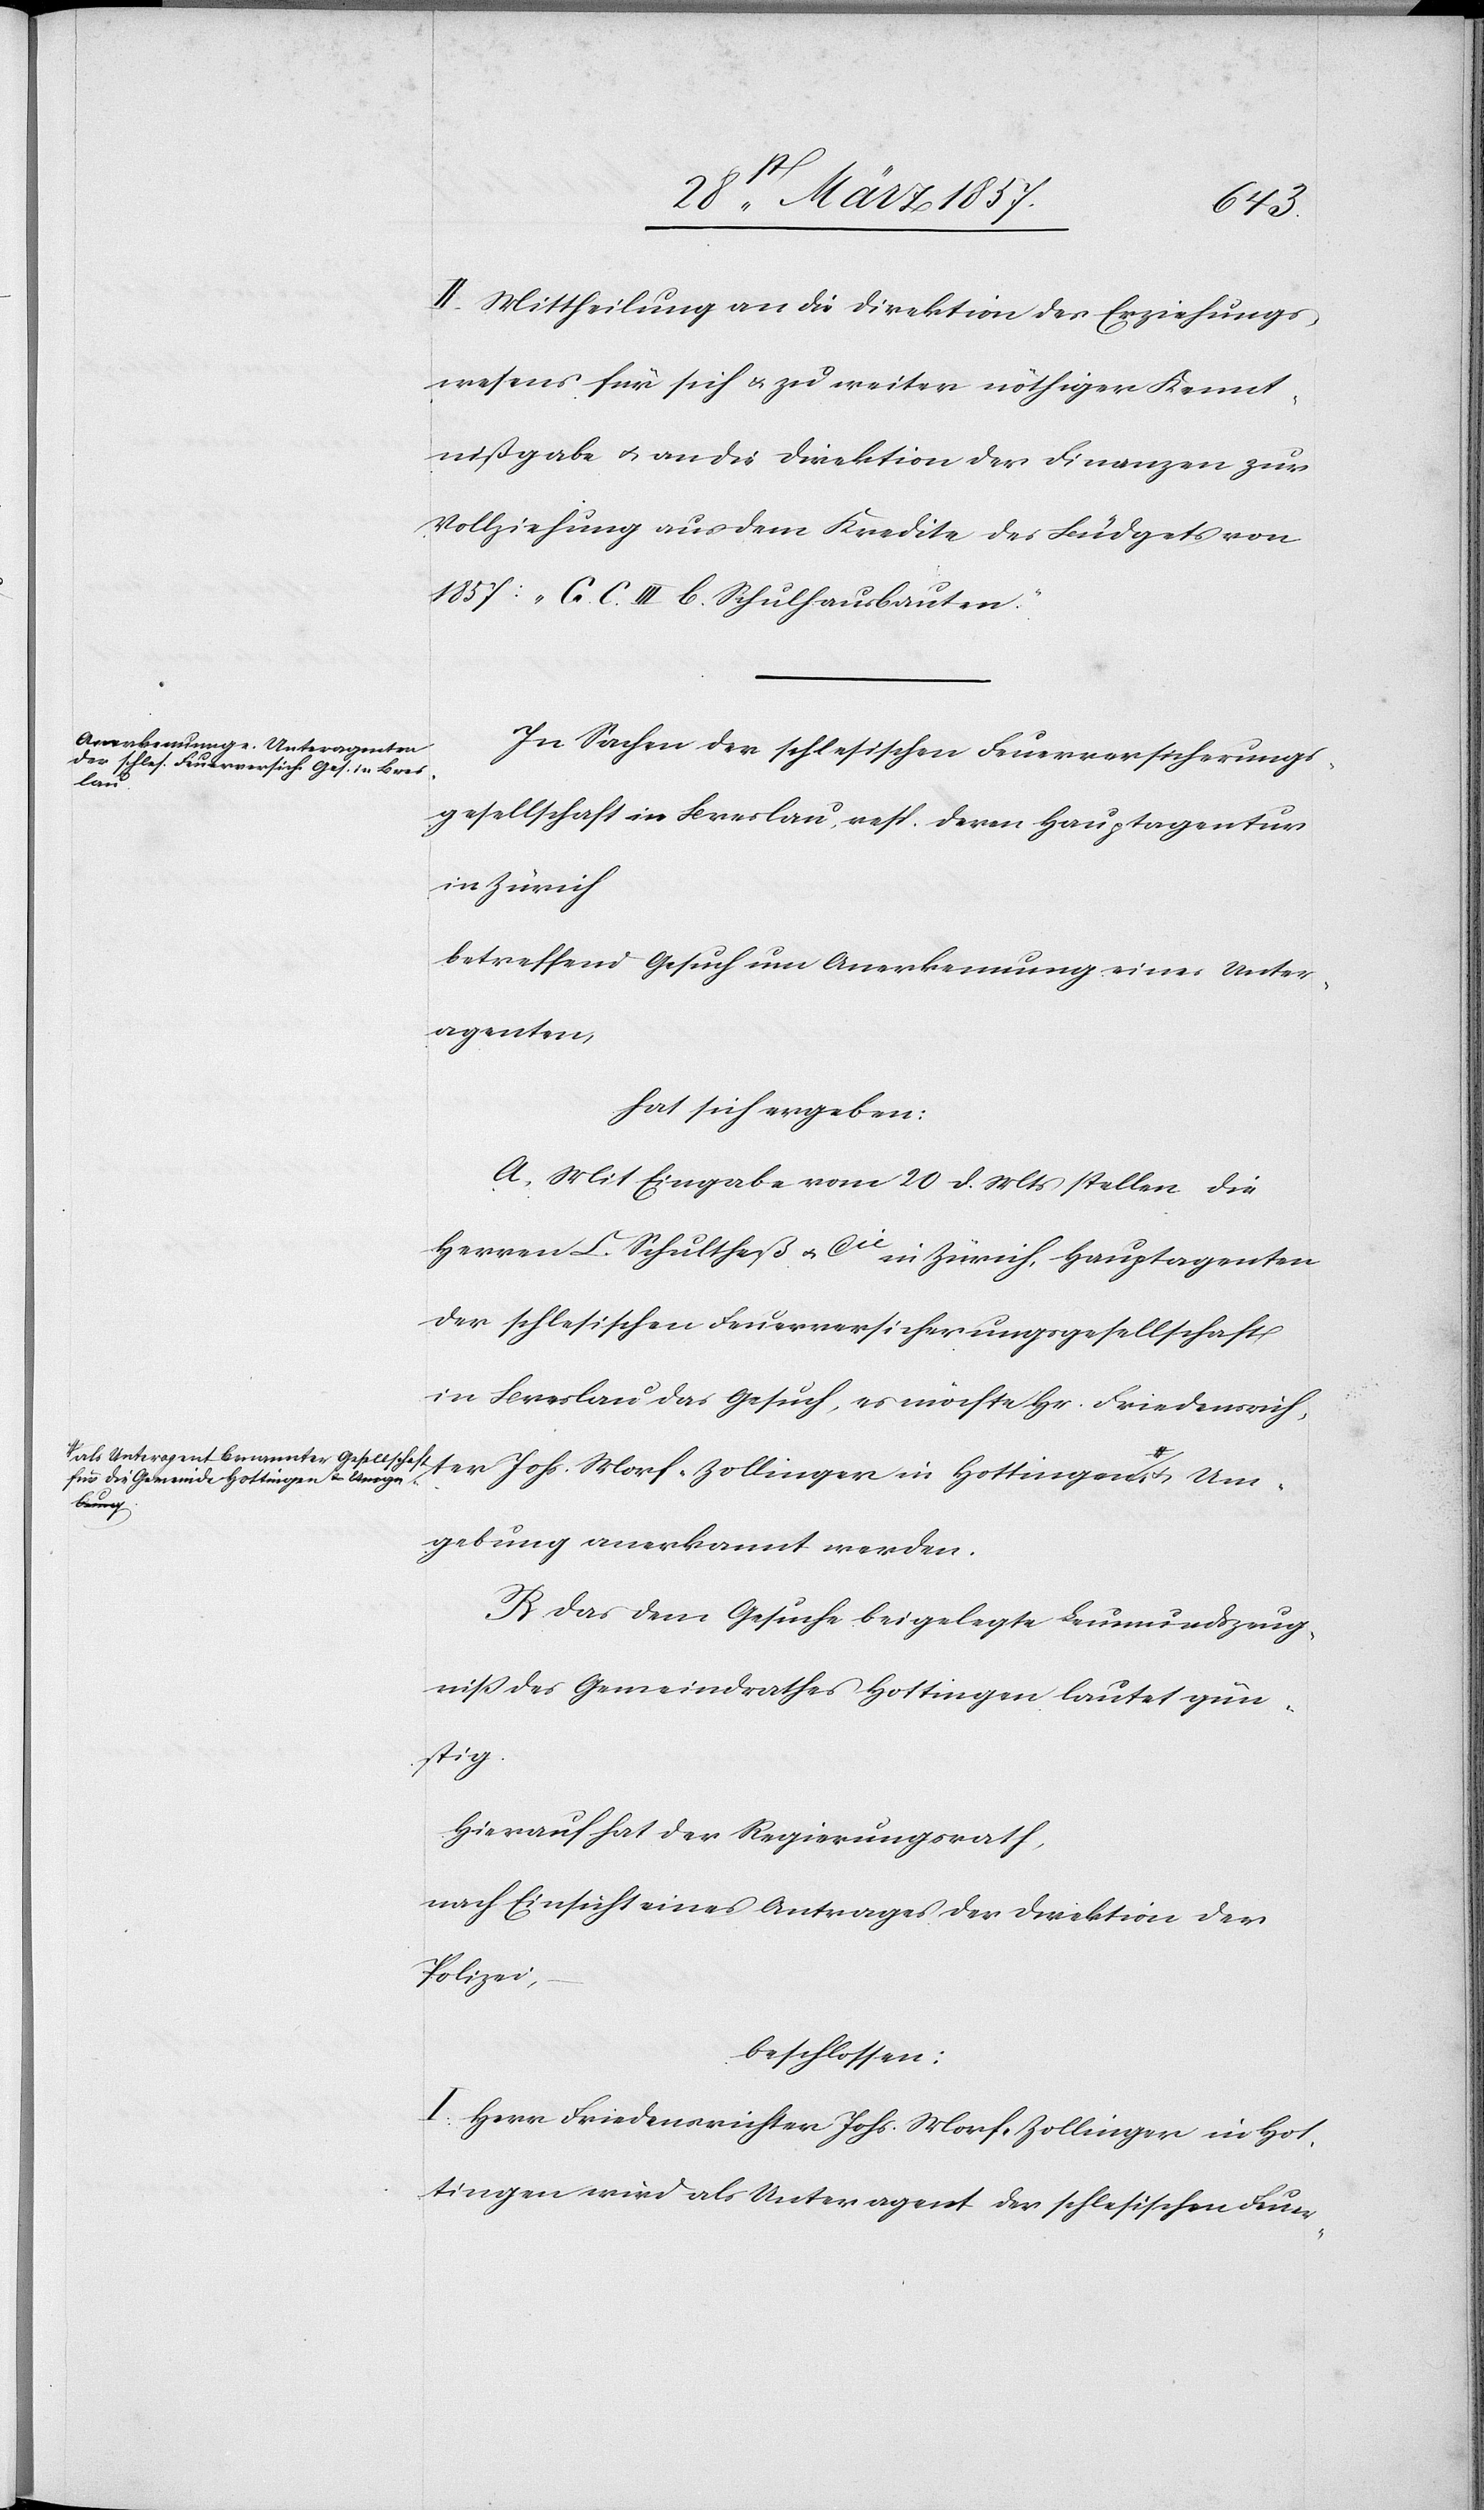
II. Mittheilung an die Direktion des Erziehungs¬
wesens für sich u. zu weiter nöthiger Kennt¬
nißgabe u. an die Direktion der Finanzen zur
Vollziehung aus dem Kredite des Büdgets von
1857: „[?C.] C. III b. Schulhausbauten.“
In Sachen der schlesischen Feuerversicherungs¬
benannter
gesellschaft in Breslau, resp. deren Hauptagentur
in Zürich
betreffend Gesuch um Anerkennung eines Unter¬
agenten,
hat sich ergeben:
A. Mit Eingabe vom 20 d. Mts stellen die
Herren C. Schultheß u. Cie in Zürich, Hauptagenten
der schlesischen Feuerversicherungsgesellschaft
in Breslau das Gesuch, es möchte Hr. Friedensrich¬
für die Gemeinde Hottingen-a u. Umg¬
ebung anerkannt werden.
B. Das dem Gesuche beigelegte Leumundszeug¬
niß des Gemeindrathes Hottingen lautet gün¬
stig.
Hierauf hat der Regierungsrath,
nach Einsicht eines Antrages der Direktion der
Polizei
beschlossen:
I. Herr Friedensrichter Johs. Morf-Zollinger in Hot¬
tingen wird als Unteragent der schlesischen Feuer-